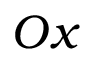
O x